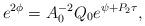
LaTeX: \begin{align*}e^{2\phi}=A_0^{-2}Q_0e^{\psi+P_2\tau}, \end{align*}